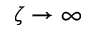
\zeta \to \infty